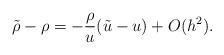
LaTeX: \begin{align*}\tilde{\rho}-\rho=-\frac{\rho}{u}(\tilde{u}-u)+O(h^2).\end{align*}